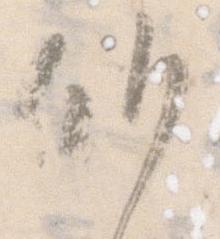
候